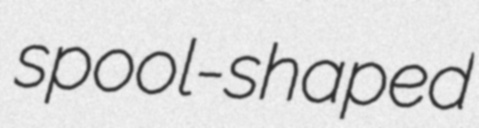
spool-shaped